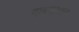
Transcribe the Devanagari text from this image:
गाण्यावरून